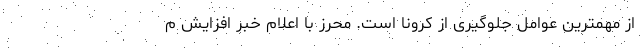
از مهمترین عوامل جلوگیری از کرونا است. محرز با اعلام خبر افزایش م